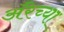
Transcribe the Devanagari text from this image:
ॲरेच्या